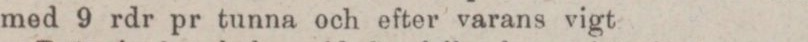
med 9 rdr pr tunna och efter varans vigt